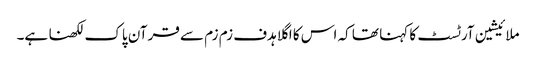
ملائیشین آرٹسٹ کا کہنا تھا کہ اس کا اگلا ہدف زم زم سے قرآن پاک لکھنا ہے۔